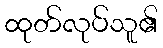
ထုတ်လုပ်သူ၏